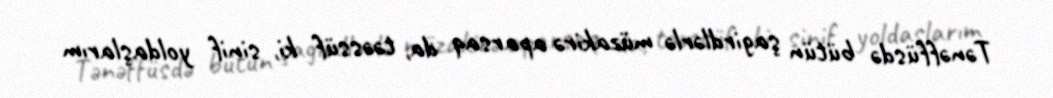
Tənəffüsdə bütün şagirdlərlə müzakirə aparsaq da, təəssüf ki, sinif yoldaşlarım